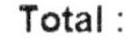
TOTAL :